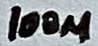
Text: 100µ